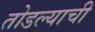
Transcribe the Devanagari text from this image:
तोडल्याची